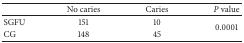
<table><thead><tr><td><b> </b></td><td><b>No caries</b></td><td><b>Caries</b></td><td><b><i>P</i> value</b></td></tr></thead><tbody><tr><td>SGFU</td><td>151</td><td>10</td><td rowspan="2">0.0001</td></tr><tr><td>CG</td><td>148</td><td>45</td></tr></tbody></table>